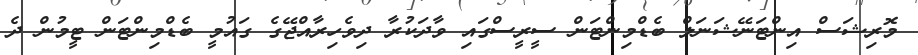
މޮރިޝަސް އިންޓަނޭޝަނަލް ބެޑްމިންޓަން ސީރީސްގައި ވާދަކުރާ ދިވެހިރާއްޖޭގެ ގައުމީ ބެޑްމިންޓަން ޓީމުން ދެ